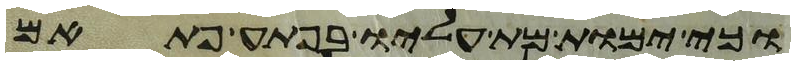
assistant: וכי ימות מת עליו בפתע פתאם